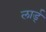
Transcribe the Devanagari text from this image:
लार्ड्‌